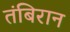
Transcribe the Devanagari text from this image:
तंबिरान